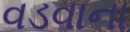
વડવાના